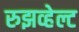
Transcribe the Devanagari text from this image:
रुझव्हेल्ट